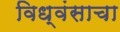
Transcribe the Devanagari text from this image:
विध्वंसाचा